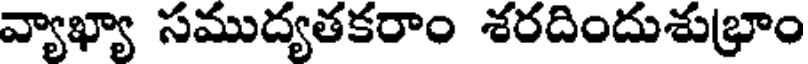
వ్యాఖ్యా సముద్యతకరాం శరదిందుశుభ్రాం